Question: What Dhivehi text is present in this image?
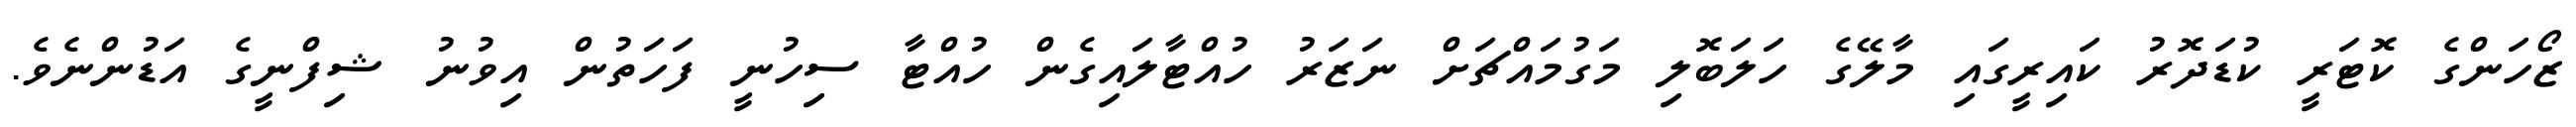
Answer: ޒޯހަންގެ ކޮޓަރީ ކުޑަދޮރު ކައިރީގައި މާލޭގެ ހަލަބޮލި މަގުމައްޗަށް ނަޒަރު ހުއްޓާލައިގެން ހުއްޓާ ސިހުނީ ފަހަތުން އިވުނު ޝިފްނީގެ އަޑުންނެވެ.